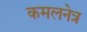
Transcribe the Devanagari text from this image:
कमलनेत्र